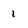
Character: l